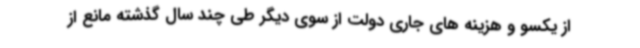
از یکسو و هزینه های جاری دولت از سوی دیگر طی چند سال گذشته مانع از